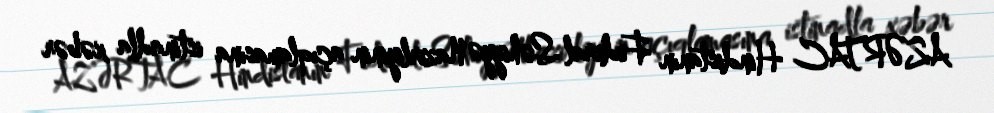
AZƏRTAC Hindistanın Federal Səhiyyə Nazirliyinin açıqlamasına istinadla xəbər